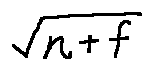
\sqrt { n + f }